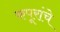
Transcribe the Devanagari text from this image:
कपूरांचे